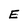
Character: E